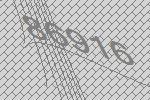
86916